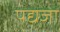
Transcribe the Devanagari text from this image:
पद्यजा